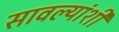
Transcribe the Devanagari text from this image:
सावल्यांशी